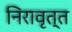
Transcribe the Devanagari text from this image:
निरावृत्त